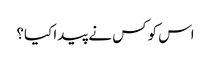
اس کو کس نے پیدا کیا؟